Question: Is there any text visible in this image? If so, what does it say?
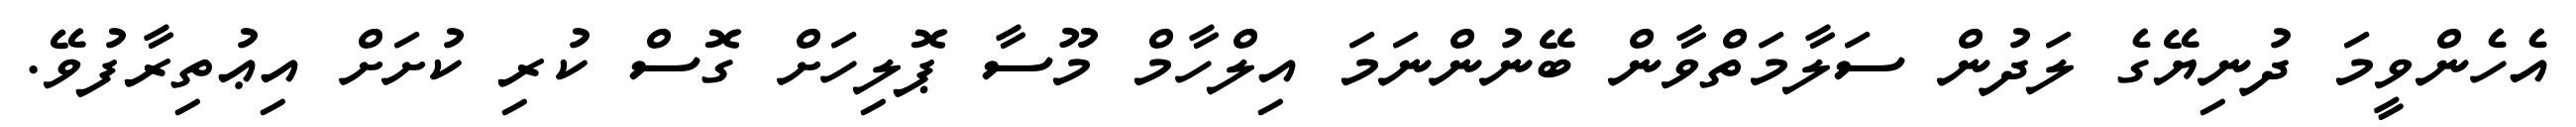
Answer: އެހެންވީމަ ދުނިޔޭގެ ލަދުން ސަލާމަތްވާން ބޭނުންނަމަ އިލްހާމް މޫސާ ޕޮލިހަށް ގޮސް ކުރި ކުށަށް އިޢުތިރާފުވޭ.